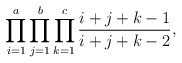
\begin{align*} \prod _{i=1} ^{a}\prod _{j=1} ^{b}\prod _{k=1} ^{c}\frac {i+j+k-1} {i+j+k-2},\end{align*}